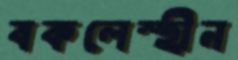
বকলেস্হীন